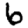
Digit: 6